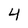
Character: 4